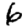
Digit: 6